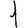
Digit: 1